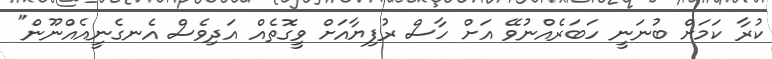
ކުރާ ކަމަށް ބުނަނީ ހަބަރެއްނުވޭ އަށް ހާސް ރުފިޔާއަށް ވީގޮތެއް އަދިވެސް އެނގެނީއެއްނޫން"